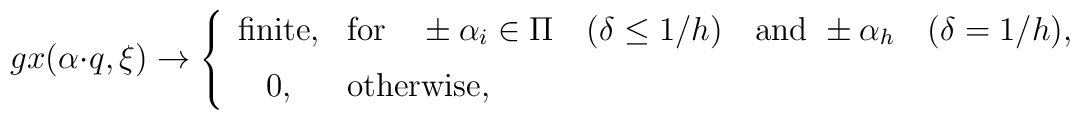
gx(\alpha\cdot q,\xi)\to   \left\{   \begin{array}{cl}      \mbox{finite},&      \mbox{for}      \quad      \pm\alpha_i\in\Pi\quad (\delta\leq1/h)\quad \mbox{and}\      \pm\alpha_h\quad (\delta=1/h),\\[6pt]      0,&\mbox{otherwise,}   \end{array}   \right.